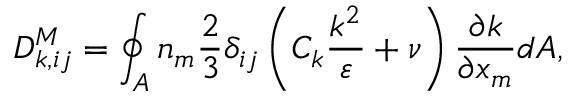
D _ { k , i j } ^ { M } = \oint _ { A } n _ { m } \frac { 2 } { 3 } \delta _ { i j } \left( C _ { k } \frac { k ^ { 2 } } { \varepsilon } + \nu \right) \frac { \partial k } { \partial x _ { m } } d A ,